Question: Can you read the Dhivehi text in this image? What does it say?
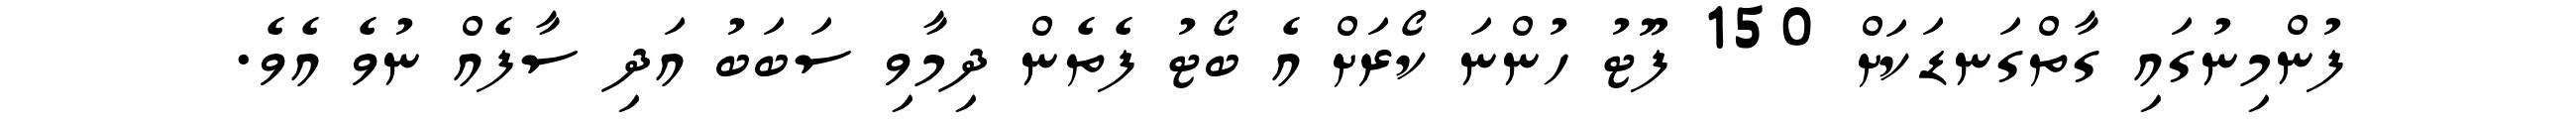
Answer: ފުންމިނުގައި ގާތްގަނޑަކަށް 150 ފޫޓު ހުންނަ ކޯރަށް އެ ބޯޓު ފެތެން ދިމާވި ސަބަބު އަދި ސާފެއް ނުވެ އެވެ.